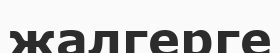
жалгерге